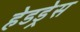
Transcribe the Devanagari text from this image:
हेडड्रेस